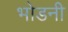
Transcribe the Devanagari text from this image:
भोडनी